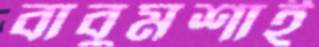
বাবুমশাই